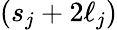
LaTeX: (s_{j}+2\ell_{j})